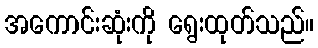
အကောင်းဆုံးကို ရွေးထုတ်သည်။